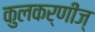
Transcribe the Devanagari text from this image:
कुलकर्णीज्